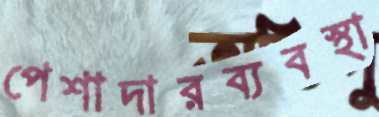
পেশাদারব্যবস্থা